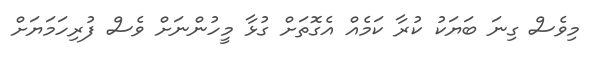
މިވެސް ގިނަ ބަޔަކު ކުރާ ކަމެއް އެގޮތަށް ގުޅާ މީހުންނަށް ވެސް ފުރިހަމަޔަށް